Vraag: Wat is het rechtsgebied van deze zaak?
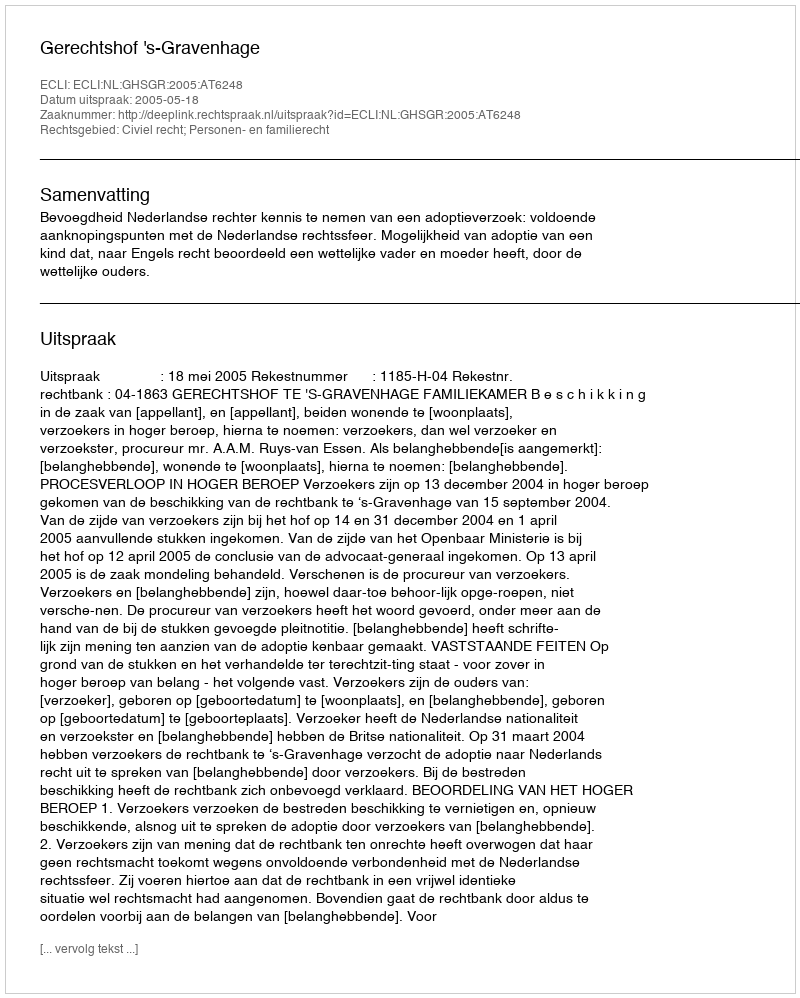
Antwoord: Civiel recht; Personen- en familierecht